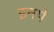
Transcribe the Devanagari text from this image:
इनपे